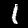
Digit: 1